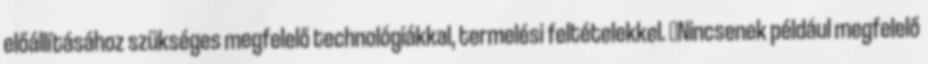
előállításához szükséges megfelelő technológiákkal, termelési feltételekkel. ▪Nincsenek például megfelelő